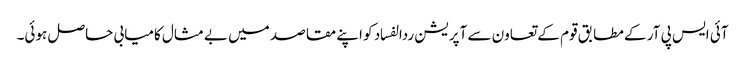
آئی ایس پی آر کے مطابق قوم کے تعاون سے آپریشن ردالفساد کو اپنے مقاصد میں بے مثال کامیابی حاصل ہوئی۔